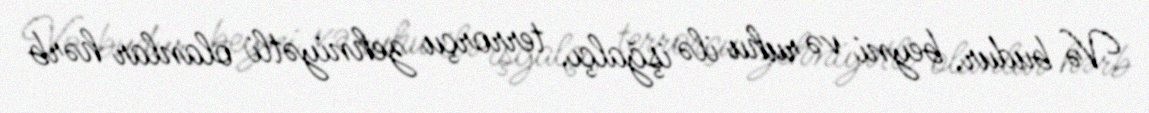
Və budur, beyni və ruhu ilə işğalçı, terrorçu zehniyətli olanlar hərb